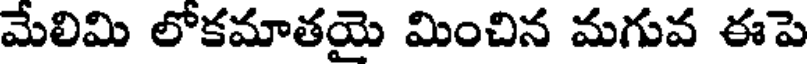
మేలిమి లోకమాతయై మించిన మగువ ఈపె